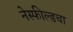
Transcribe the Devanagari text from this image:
नेस्फील्डचा